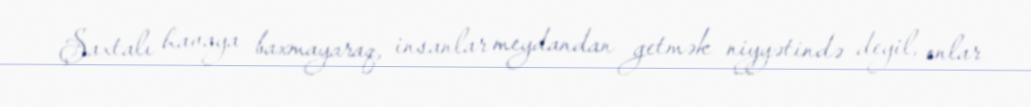
Şaxtalı havaya baxmayaraq, insanlar meydandan getmək niyyətində deyil, onlar